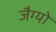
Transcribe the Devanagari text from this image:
जैग्यो